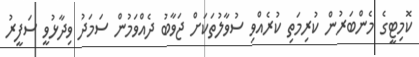
ކޮމިޓީގެ މެންބަރުން ކުރިމަތި ކުރެއްވި ސުވާލުތަކަށް ޖަވާބު ދެއްވަމުން ސަމަދު ވިދާޅުވީ ސަފީރު